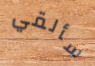
سألقي